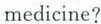
medicine?